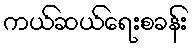
ကယ်ဆယ်ရေးစခန်း